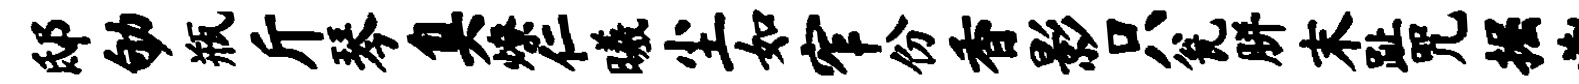
邸劬瓶斤琴臭燎仁曦尘如窄份香影只瓮胼末趾咒掘渤